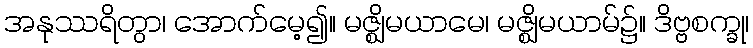
အနုဿရိတွာ၊ အောက်မေ့၍။ မဇ္ဈိမယာမေ၊ မဇ္ဈိမယာမ်၌။ ဒိဗ္ဗစက္ခု၊